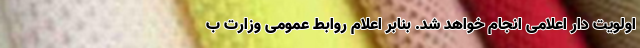
اولویت دار اعلامی انجام خواهد شد. بنابر اعلام روابط عمومی وزارت ب